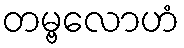
တမ္ဗလောဟံ